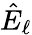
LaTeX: \hat{E}_{\ell}